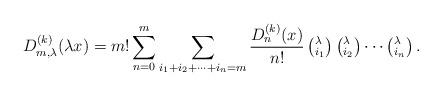
LaTeX: \begin{align*} D_{m,\lambda}^{(k) } (\lambda x)=m! \sum_{n=0}^m \sum_{ i_1+i_2+ \cdots+i_n=m} \frac{D_n^{(k)}(x)}{n!} \left(^{\lambda}_{i_1} \right) \left(^{\lambda}_{i_2}\right) \cdots \left(^{\lambda}_{i_n} \right).\end{align*}